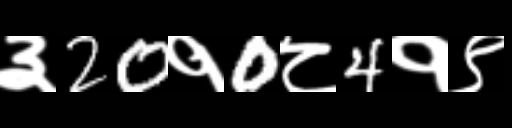
Text: ३20१0८4१९